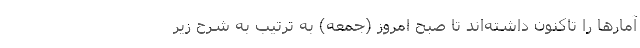
آمار‌ها را تاکنون داشته‌اند تا صبح امروز (جمعه) به ترتیب به شرح زیر